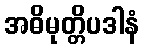
အဓိမုတ္တိပဒါနံ